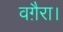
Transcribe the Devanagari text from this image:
वग़ैरा।